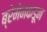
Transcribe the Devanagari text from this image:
ब्रेमेनकडून